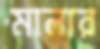
মালার